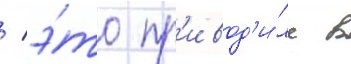
/ э́то пр'ивод'и́ло в